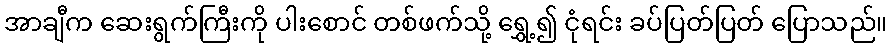
အာချီက ဆေးရွက်ကြီးကို ပါးစောင် တစ်ဖက်သို့ ရွှေ့၍ ငုံရင်း ခပ်ပြတ်ပြတ် ပြောသည်။